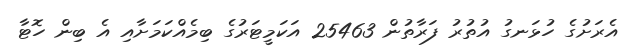
އެރަށުގެ ހުޅަނގު އުތުރު ފަރާތުން 25463 އަކަމީޓަރުގެ ބިމެއްކަމަށާއި އެ ބިން ހޮޓާ